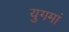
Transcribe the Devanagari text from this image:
युगमां